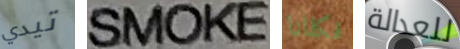
تيدي SMOKE فكلانا للعدالة